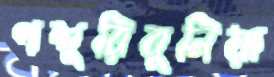
পশুরিবুনিয়া